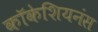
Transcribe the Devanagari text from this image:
कॉकेशियनंस